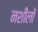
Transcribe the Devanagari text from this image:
नशीलों